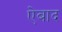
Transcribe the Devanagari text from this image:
ऐबाद